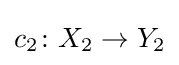
c_{2}\colon X_{2}\rightarrow Y_{2}